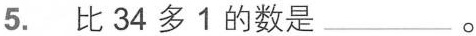
5. 比34多1的数是___。